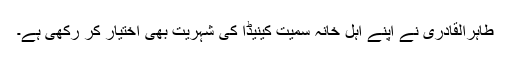
طاہراُلقادری نے اپنے اہلِ خانہ سمیت کینیڈا کی شہریت بھی اختیار کر رکھی ہے۔